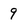
Character: 9